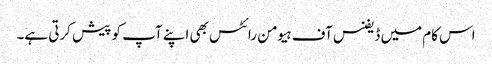
اس کام میں ڈیفنس آف ہیومن رائٹس بھی اپنے آپ کو پیش کرتی ہے۔